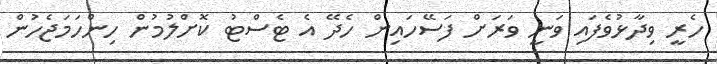
ހެރީ ވިދާޅުވެފައި ވަނީ ވަރަށް ފަސޭހައިން ހެދޭ އެ ޓެސްޓު ކޮށްލުމުން ހިންހަމަޖެހުން